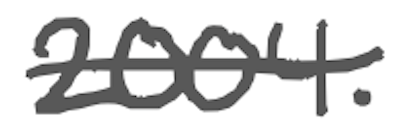
Text: 2004.
Cross-out: single-line
Writing tool: digital_gray